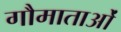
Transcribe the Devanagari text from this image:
गौमाताओं